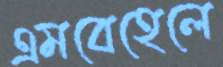
এমবেহেলে